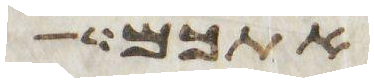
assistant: אמש